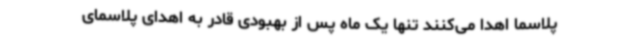
پلاسما اهدا می‌کنند تنها یک ماه پس از بهبودی قادر به اهدای پلاسمای